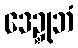
ဒေဍ္ဍုဘံ